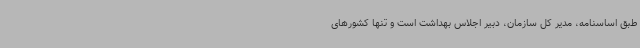
طبق اساسنامه، مدیر کل سازمان، دبیر اجلاس بهداشت است و تنها کشورهای